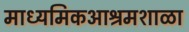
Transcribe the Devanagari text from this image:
माध्यमिकआश्रमशाळा